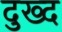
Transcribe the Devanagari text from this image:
दुख्द